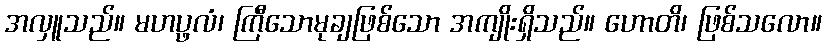
အလှူသည်။ မဟပ္ဖလံ၊ ကြီသောမုချဖြစ်သော အကျိုးရှိသည်။ ဟောတိ၊ ဖြစ်သလော။